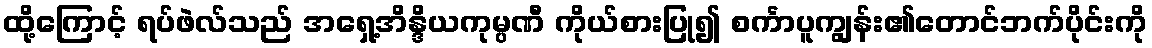
ထို့ကြောင့် ရပ်ဖဲလ်သည် အရှေ့အိန္ဒိယကုမ္ပဏီ ကိုယ်စားပြု၍ စင်္ကာပူကျွန်း၏တောင်ဘက်ပိုင်းကို